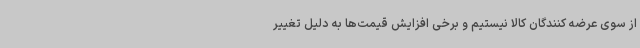
از سوی عرضه کنندگان کالا نیستیم و برخی افزایش قیمت‌ها به دلیل تغییر